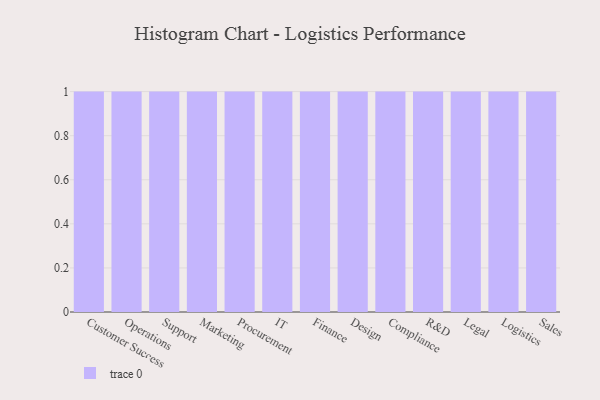
{"axis": {"x": "Department", "y": "Gross Profit (USD K)"}, "legend": [""], "data": [{"x": "Customer Success", "y": 58, "type": ""}, {"x": "Operations", "y": 78, "type": ""}, {"x": "Support", "y": 56, "type": ""}, {"x": "Marketing", "y": 9, "type": ""}, {"x": "Procurement", "y": 23, "type": ""}, {"x": "IT", "y": 18, "type": ""}, {"x": "Finance", "y": 88, "type": ""}, {"x": "Design", "y": 40, "type": ""}, {"x": "Compliance", "y": 80, "type": ""}, {"x": "R&D", "y": 31, "type": ""}, {"x": "Legal", "y": 79, "type": ""}, {"x": "Logistics", "y": 78, "type": ""}, {"x": "Sales", "y": 98, "type": ""}]}